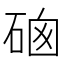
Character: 𥓁